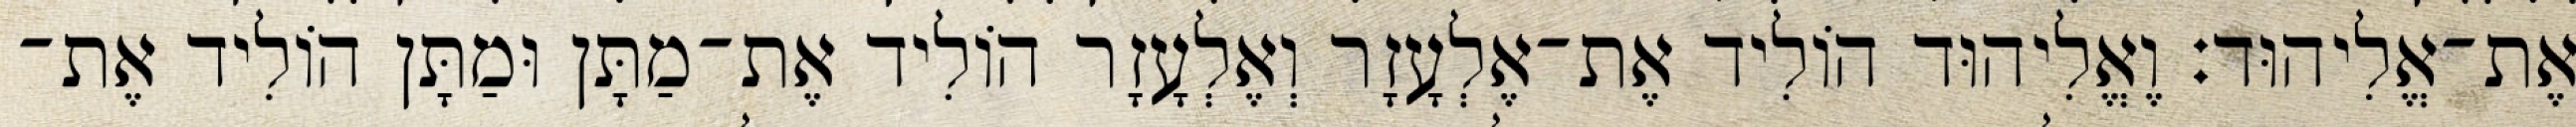
אֶת־אֱלִיהוּד׃ וֶאֱלִיהוּד הוֹלִיד אֶת־אֶלְעָזָר וְאֶלְעָזָר הוֹלִיד אֶת־מַתָּן וּמַתָּן הוֹלִיד אֶת־